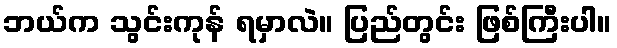
ဘယ်က သွင်းကုန် ရမှာလဲ။ ပြည်တွင်း ဖြစ်ကြီးပါ။